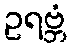
ဥရဗ္ဘံ